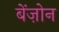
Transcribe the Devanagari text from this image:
बेंज़ोन